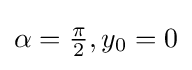
\alpha ={\tfrac {\pi }{2}},y_{0}=0